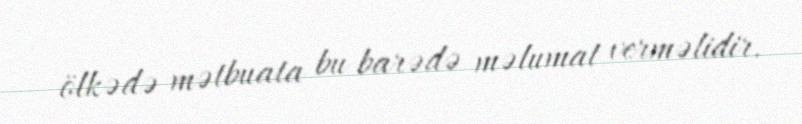
ölkədə mətbuata bu barədə məlumat verməlidir.